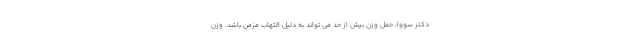
دکتر سووا، حمل وزن بیش از حد می تواند به دلیل التهاب مزمن باشد. وزن